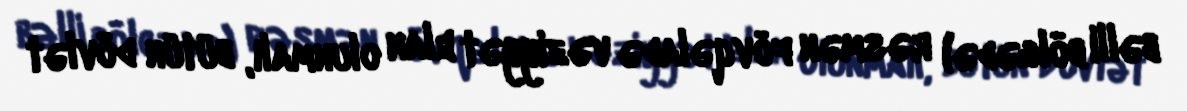
bəlli bölgədə) rəsmən fövqəladə vəziyyət elan olunmalı, bütün dövlət